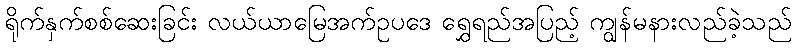
ရိုက်နှက်စစ်ဆေးခြင်း လယ်ယာမြေအက်ဥပဒေ ရွှေရည်အပြည့် ကျွန်မနားလည်ခဲ့သည်